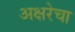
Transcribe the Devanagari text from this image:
अक्षरेचा